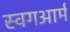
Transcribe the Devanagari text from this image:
स्विंगआर्म